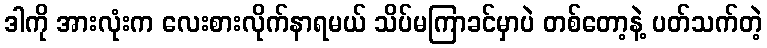
ဒါကို အားလုံးက လေးစားလိုက်နာရမယ် သိပ်မကြာခင်မှာပဲ တစ်တော့နဲ့ ပတ်သက်တဲ့